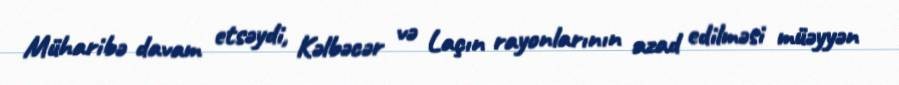
Müharibə davam etsəydi, Kəlbəcər və Laçın rayonlarının azad edilməsi müəyyən